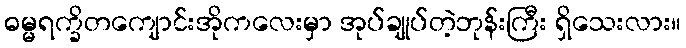
ဓမ္မရက္ခိတကျောင်းအိုကလေးမှာ အုပ်ချုပ်တဲ့ဘုန်းကြီး ရှိသေးလား။